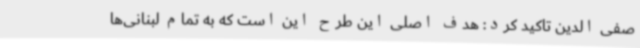
صفی الدین تاکید کرد: هدف اصلی این طرح این است که به تمام لبنانی‌ها